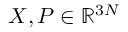
\ensuremath { \boldsymbol { X } } , \ensuremath { \boldsymbol { P } } \in \mathbb { R } ^ { 3 N }